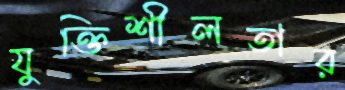
যুক্তিশীলতার